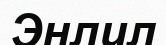
Энлил